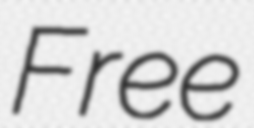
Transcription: Free